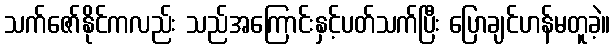
သက်ဇော်နိုင်ကလည်း သည်အကြောင်းနှင့်ပတ်သက်ပြီး ပြောချင်ဟန်မတူခဲ့။